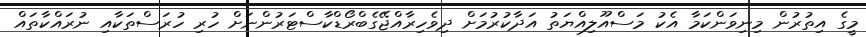
މީގެ އިތުރުން މިނިވަންކަމާ އެކު މަސްއޫލިއްޔަތު އަދާކުރުމަށް ދިވެހިރާއްޖޭގެބްރޯޑްކާސްޓަރުންނަށް ހުރި ހުރަސްތަކާއި ނުރައްކާތައް